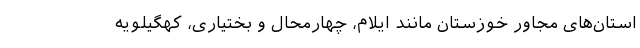
استان‌های مجاور خوزستان مانند ایلام، چهارمحال و بختیاری، کهگیلویه